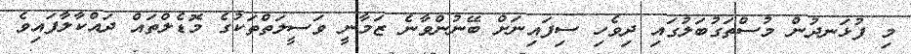
މި ފުޅަނދުން މުސްތަގުބަލުގައި ދިވެހި ސިފައިނަށް ބޭނުންވާނެ ޒަމާނީ ވަސީލަތްތަކުގެ މޮޑެލްތައް ދައްކާލާފައިވެ